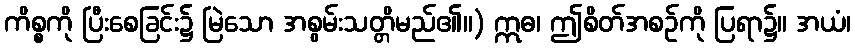
ကိစ္စကို ပြီးစေခြင်း၌ မြဲသော အစွမ်းသတ္တိမည်၏။) ဣဓ၊ ဤစိတ်အစဉ်ကို ပြရာ၌။ အယံ၊